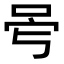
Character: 𠰡